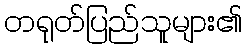
တရုတ်ပြည်သူများ၏